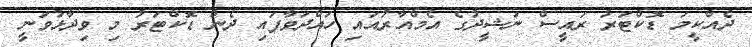
ދެއްކީމަ ޑޮކްޓަރު ރައީސް ނަޝީދުގެ އެމްއާރުއައި ހައްދަވާފައި ދެން ޑޮކްޓަރު މި ވިދާޅުވަނީ